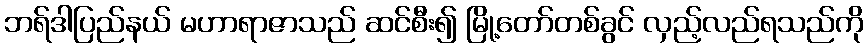
ဘရ်ဒါပြည်နယ် မဟာရာဇာသည် ဆင်စီး၍ မြို့တော်တစ်ခွင် လှည့်လည်ရသည်ကို